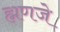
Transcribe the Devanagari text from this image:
ह्मणजे